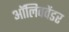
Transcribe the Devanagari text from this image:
ऑलिववेंडर